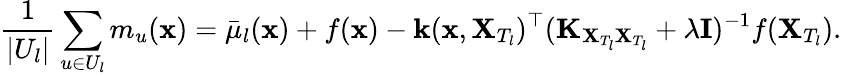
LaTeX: \frac{1}{|U_{l}|}\sum_{u\in U_{l}}m_{u}(\mathbf{x})=\bar{\mu}_{l}(\mathbf{x})+f(\mathbf{x})-\mathbf{k}(\mathbf{x},\mathbf{X}_{T_{l}})^{\top}(\mathbf{K}_{\mathbf{X}_{T_{l}}\mathbf{X}_{T_{l}}}+\lambda\mathbf{I})^{-1}f(\mathbf{X}_{T_{l}}).